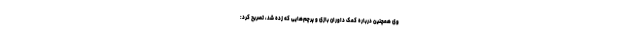
وی همچنین درباره کمک داوران بازی و پرچم‌هایی که زده شد، تصریح کرد: